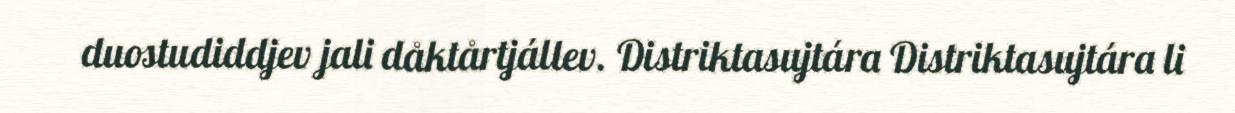
duostudiddjev jali dåktårtjállev. Distriktasujtára Distriktasujtára li